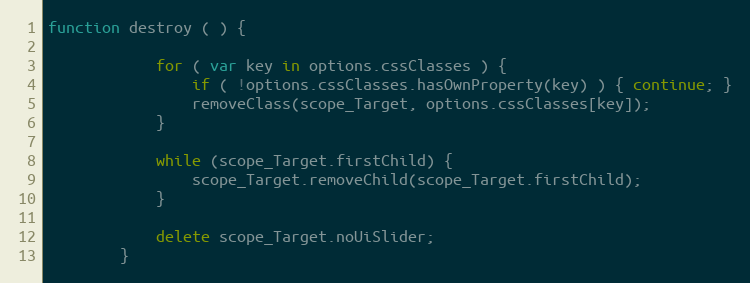
Language: JavaScript
function destroy ( ) {

            for ( var key in options.cssClasses ) {
                if ( !options.cssClasses.hasOwnProperty(key) ) { continue; }
                removeClass(scope_Target, options.cssClasses[key]);
            }

            while (scope_Target.firstChild) {
                scope_Target.removeChild(scope_Target.firstChild);
            }

            delete scope_Target.noUiSlider;
        }